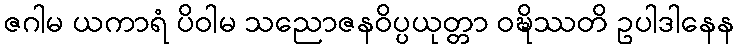
ဇဂါမ ယကာရံ ပိဝါမ သညောဇနဝိပ္ပယုတ္တာ ဝဍ္ဎိဿတိ ဥပါဒါနေန